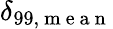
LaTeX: \delta_{99,\mathrm{~m~e~a~n~}}